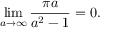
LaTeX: \operatorname* { l i m } _ { a \to \infty } { \frac { \pi a } { a ^ { 2 } - 1 } } = 0 .